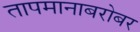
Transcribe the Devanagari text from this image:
तापमानाबरोबर